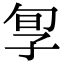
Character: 㝁